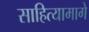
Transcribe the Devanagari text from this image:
साहित्यामागे